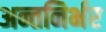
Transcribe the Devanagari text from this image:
अन्तनिर्भर